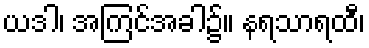
ယဒါ၊ အကြင်အခါ၌။ နရသာရထီ၊